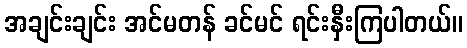
အချင်းချင်း အင်မတန် ခင်မင် ရင်းနှီးကြပါတယ်။